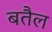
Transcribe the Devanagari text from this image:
बतैल